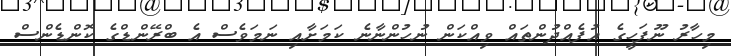
މިހާރު ނޫފަހީގެ އުފެއްދުންތައް ވިއްކަން ނުހުންނާނެ ކަމަށާއި ނަމަވެސް އެ ބްރޭންޑްގެ ކޮންޑެންސް